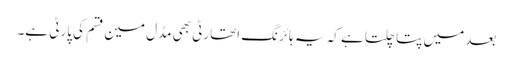
بعد میں پتا چلتا ہے کہ یہ ہائرنگ اتھارٹی بھی مڈل مین قسم کی پارٹی ہے۔